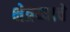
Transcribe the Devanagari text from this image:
क्षेत्रय्याचे